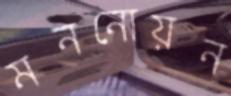
মননোয়ন